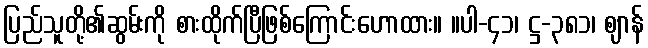
ပြည်သူတို့၏ဆွမ်းကို စားထိုက်ပြီဖြစ်ကြောင်းဟောထား။ ။ပါ-၄၁၊ ဋ္ဌ-၃၈၁၊ ဈာန်